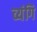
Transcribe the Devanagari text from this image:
व्यंगि